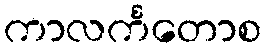
ကာလင်္ကတောစ